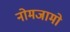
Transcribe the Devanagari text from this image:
नोमजामो